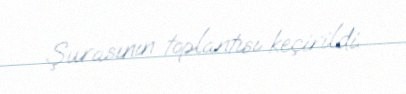
Şurasının toplantısı keçirildi.